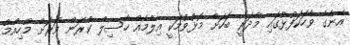
އޭނާގެ ވާހަކަފުޅުގައި މާދަރީ ބަހަށް މޮޅުވުމަކީ އިލްމެއް ހާސިލް ކުރަން ވަރަށް މުހިއްމު